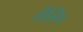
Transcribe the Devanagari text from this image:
लेलिंग